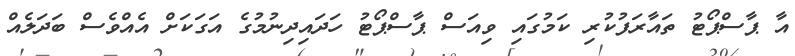
އާ ޕާސްޕޯޓު ތައާރަފުކުރި ކަމުގައި ވިއަސް ޕާސްޕޯޓު ހަދައިދިނުމުގެ އަގަކަށް އެއްވެސް ބަދަލެއް